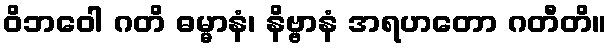
ဝိဘဝေါ ဂတိ ဓမ္မာနံ၊ နိဗ္ဗာနံ အရဟတော ဂတီတိ။